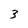
Character: 3